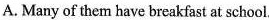
A.Many of them have breakfast at school.